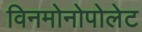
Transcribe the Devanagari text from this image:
विनमोनोपोलेट